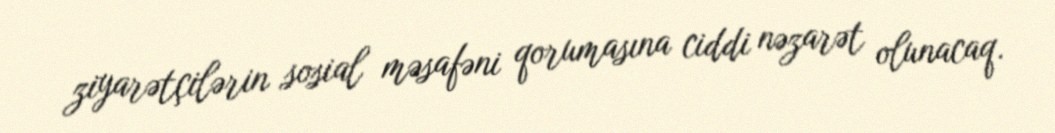
ziyarətçilərin sosial məsafəni qorumasına ciddi nəzarət olunacaq.